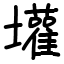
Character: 壦